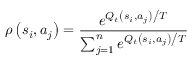
\rho \left( { { s _ { i } } , { a _ { j } } } \right) = \frac { { { e ^ { { { { Q _ { t } } \left( { { s _ { i } } , { a _ { j } } } \right) } \mathord { \left/ { \vphantom { { { Q _ { t } } \left( { { s _ { i } } , { a _ { j } } } \right) } T } } \right. \kern - \nulldelimiterspace } T } } } } } { { \sum _ { j = 1 } ^ { n } { { e ^ { { { { Q _ { t } } \left( { { s _ { i } } , { a _ { j } } } \right) } \mathord { \left/ { \vphantom { { { Q _ { t } } \left( { { s _ { i } } , { a _ { j } } } \right) } T } } \right. \kern - \nulldelimiterspace } T } } } } } }